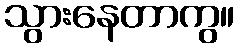
သွားနေတာကွ။